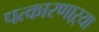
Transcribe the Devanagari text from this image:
पत्कारणाऱ्या